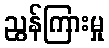
ညွန်ကြားမှု